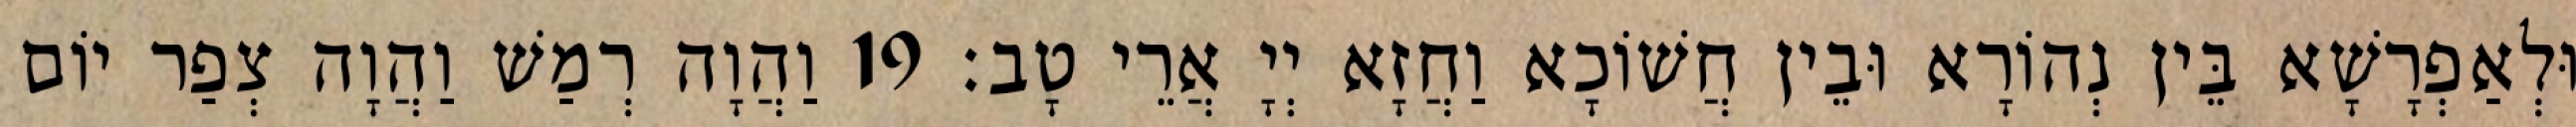
וּלְאַפְרָשָׁא בֵּין נְהוֹרָא וּבֵין חֲשׁוֹכָא וַחֲזָא יְיָ אֲרֵי טָב׃ 19 וַהֲוָה רְמַשׁ וַהֲוָה צְפַר יוֹם